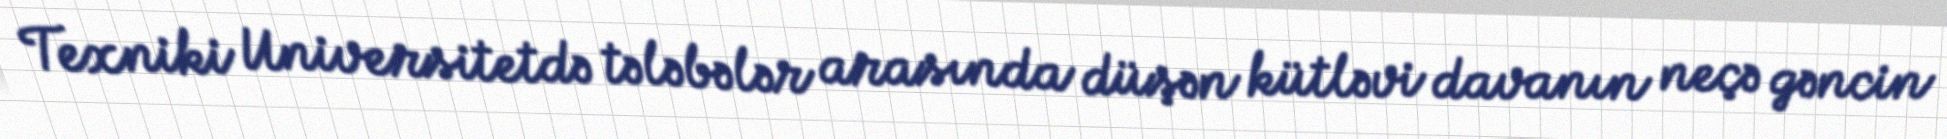
Texniki Universitetdə tələbələr arasında düşən kütləvi davanın neçə gəncin